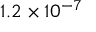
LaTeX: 1 . 2 \times 1 0 ^ { - 7 }